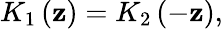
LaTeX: K_{1}\left(\mathbf{z}\right)=K_{2}\left(-\mathbf{z}\right),